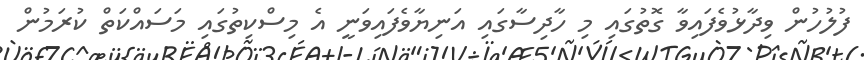
ފުލުހުން ވިދާޅުވެފައިވާ ގޮތުގައި މި ހާދިސާގައި އަނިޔާވެފައިވަނީ އެ މިސްކިތުގައި މަސައްކަތް ކުރަމުން